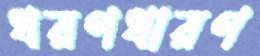
ধরণধারণ